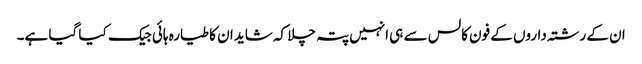
ان کے رشتہ داروں کے فون کالس سے ہی انہیں پتہ چلا کہ شاید ان کا طیارہ ہائی جیک کیا گیا ہے۔